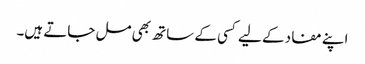
اپنے مفاد کے لیے کسی کے ساتھ بھی مل جاتے ہیں۔